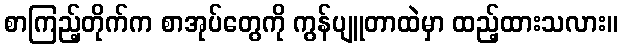
စာကြည့်တိုက်က စာအုပ်တွေကို ကွန်ပျူတာထဲမှာ ထည့်ထားသလား။